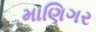
માણિગર